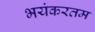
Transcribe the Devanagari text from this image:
भयंकरतम